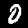
Digit: 0